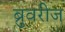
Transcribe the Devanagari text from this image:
ब्रुवरीज